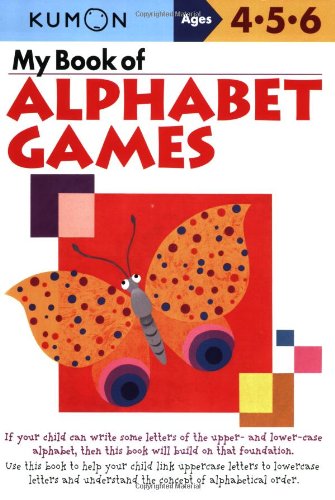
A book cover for My Book of Alphabet Games; Kumon Publishing; Education & Teaching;